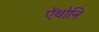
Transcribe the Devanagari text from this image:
ऐंथोनि